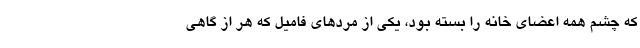
که چشم همه‌ اعضای خانه را بسته بود، یکی از مردهای فامیل که هر از گاهی